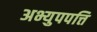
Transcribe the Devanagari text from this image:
अभ्युपपत्ति